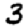
Digit: 3